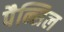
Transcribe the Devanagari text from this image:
पैन्सिल